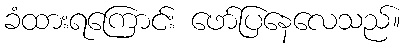
ခံထားရကြောင်း ဖော်ပြနေလေသည်။